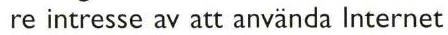
re intresse av att använda Internet